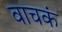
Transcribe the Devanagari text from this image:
वाचकं